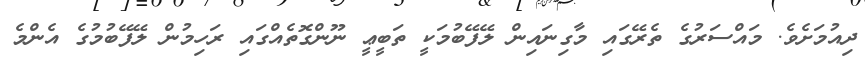
ދިއުމަށެވެ. މައްސަރުގެ ތެރޭގައި މާގިނައިން ލޭފޭބުމަކީ ތަބީޢީ ނޫންގޮތެއްގައި ރަހިމުން ލޭފޭބުމުގެ އެންމެ